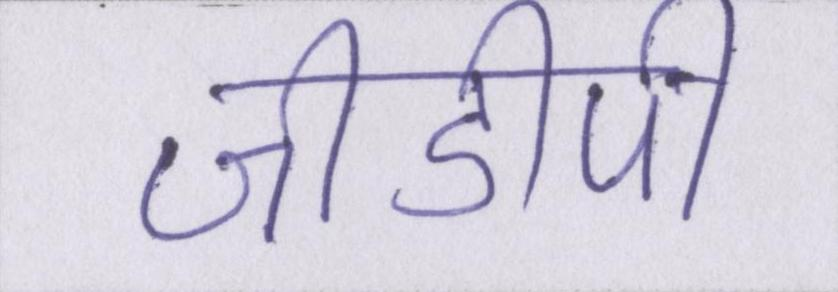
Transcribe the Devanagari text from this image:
जीडीपी